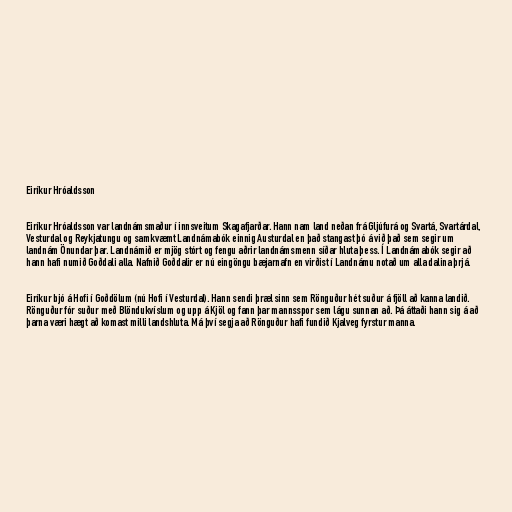
Eiríkur Hróaldsson

Eiríkur Hróaldsson var landnámsmaður í innsveitum Skagafjarðar. Hann nam land neðan frá Gljúfurá og Svartá, Svartárdal,
Vesturdal og Reykjatungu og samkvæmt Landnámabók einnig Austurdal en það stangast þó á við það sem segir um
landnám Önundar þar. Landnámið er mjög stórt og fengu aðrir landnámsmenn síðar hluta þess. Í Landnámabók segir að
hann hafi numið Goðdali alla. Nafnið Goðdalir er nú eingöngu bæjarnafn en virðist í Landnámu notað um alla dalina þrjá.

Eiríkur bjó á Hofi í Goðdölum (nú Hofi í Vesturdal). Hann sendi þræl sinn sem Rönguður hét suður á fjöll að kanna landið.
Rönguður fór suður með Blöndukvíslum og upp á Kjöl og fann þar mannsspor sem lágu sunnan að. Þá áttaði hann sig á að
þarna væri hægt að komast milli landshluta. Má því segja að Rönguður hafi fundið Kjalveg fyrstur manna.